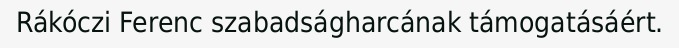
Rákóczi Ferenc szabadságharcának támogatásáért.